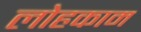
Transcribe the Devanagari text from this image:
लोहकाम